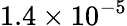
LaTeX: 1.4\times 10^{-5}